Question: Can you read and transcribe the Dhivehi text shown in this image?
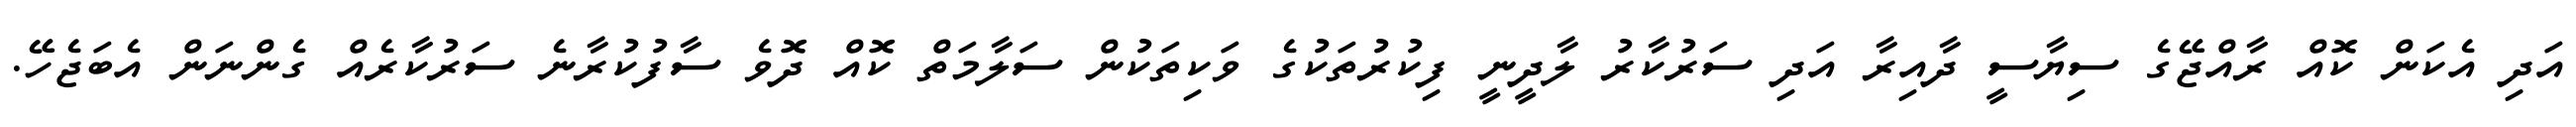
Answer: އަދި އެކަން ކޮއް ރާއްޖޭގެ ސިޔާސީ ދާއިރާ އަދި ސަރުކާރު ލާދީނީ ފިކުރުތަކުގެ ވަކިތަކުން ސަލާމަތް ކޮއް ދޮވެ ސާފުކުރާނެ ސަރުކާރެއް ގެންނަން އެބަޖެހޭ.